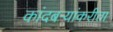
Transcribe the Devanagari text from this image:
कांदबऱ्यांकरीता